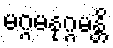
မဂ္ဂမနုဂ္ဂမန္တိ